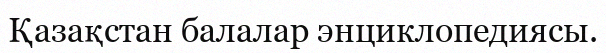
Қазақстан балалар энциклопедиясы.